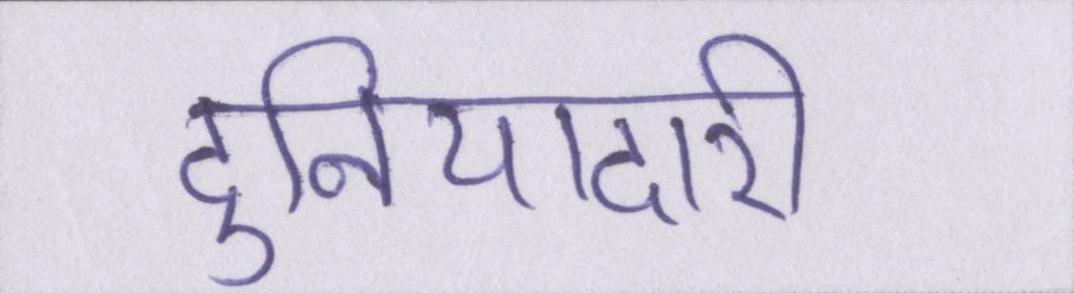
दुनियादारी